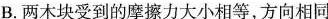
B.两木块受到的摩擦力大小相等，方向相同